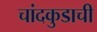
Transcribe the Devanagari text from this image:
चांदकुडाची